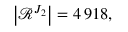
\left| \mathcal { R } ^ { J _ { 2 } } \right| = 4 \, 9 1 8 ,